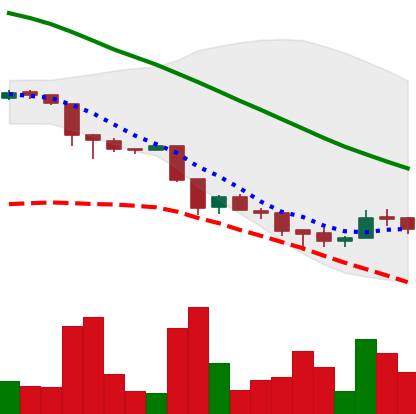
Ticker: ADA-USD
Chart end date: 2018-11-30
Forward return: -11.987%
Label: down_7plus